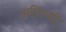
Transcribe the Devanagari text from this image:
आदिरूपी